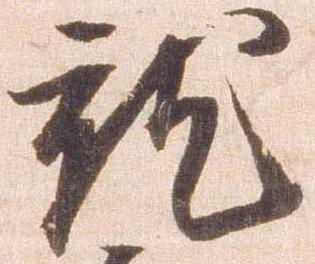
就